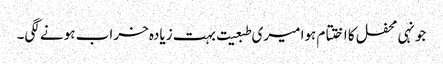
جونہی محفل کا اختتام ہوا میری طبعیت بہت زیادہ خراب ہونے لگی۔